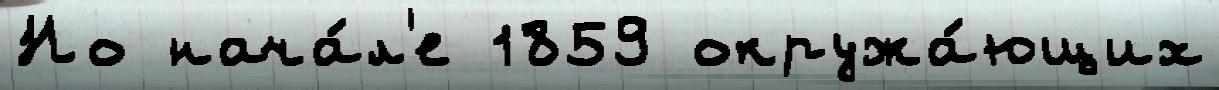
Но нача́л'е 1859 окружа́ющих